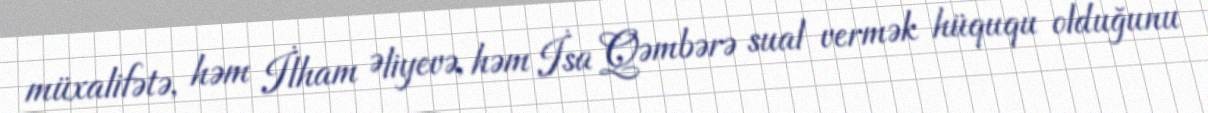
müxalifətə, həm İlham Əliyevə, həm İsa Qəmbərə sual vermək hüququ olduğunu